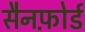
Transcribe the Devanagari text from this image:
सैनफ़ोर्ड